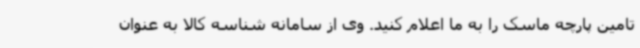
تامین پارچه ماسک را به ما اعلام کنید. وی از سامانه شناسه کالا به عنوان